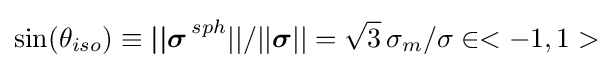
\sin({{\theta }_{iso}})\equiv {{\boldsymbol {||\sigma }}^{\,sph}||}/||{\boldsymbol {\sigma }}||={\sqrt {3}}\,{{\sigma }_{m}}/{\sigma }\in <-1,1>